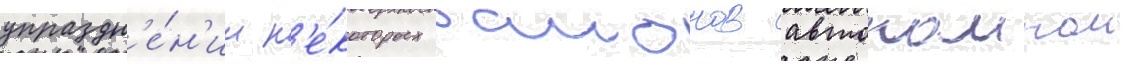
упраздн'е́н'ии н'е́которых раионов автономнои